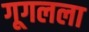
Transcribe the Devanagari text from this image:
गूगलला